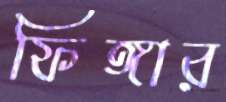
ফিঙ্গার